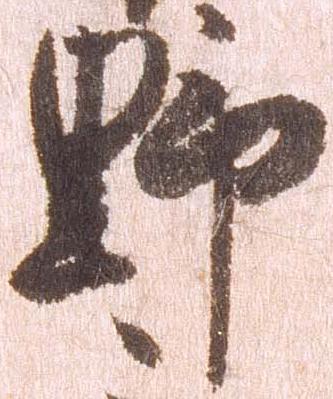
野